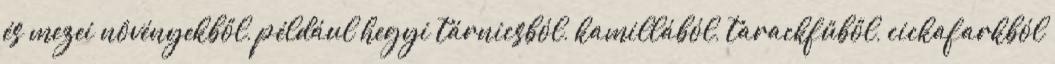
és mezei növényekből, például hegyi tárnicsból, kamillából, tarackfűből, cickafarkból